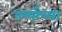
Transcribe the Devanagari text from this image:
वर्ष्याच्या